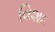
વિશદ